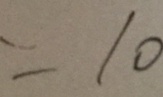
= 1 0